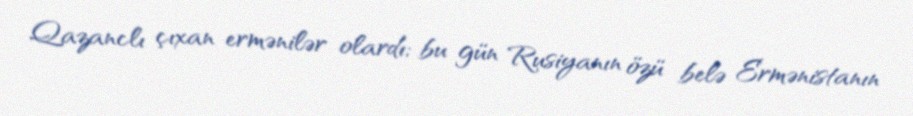
Qazanclı çıxan ermənilər olardı; bu gün Rusiyanın özü belə Ermənistanın